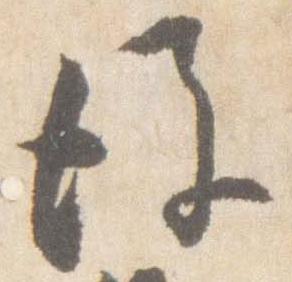
後